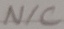
Text: N/C